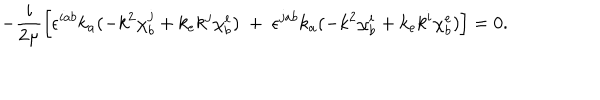
LaTeX: - \frac { i } { 2 \mu } \left[ \epsilon ^ { i a b } k _ { a } ( - k ^ { 2 } \chi _ { b } ^ { j } + k _ { e } k ^ { j } \chi _ { b } ^ { e } ) ~ + ~ \epsilon ^ { j a b } k _ { a } ( - k ^ { 2 } \chi _ { b } ^ { i } + k _ { e } k ^ { i } \chi _ { b } ^ { e } ) \right] = 0 .